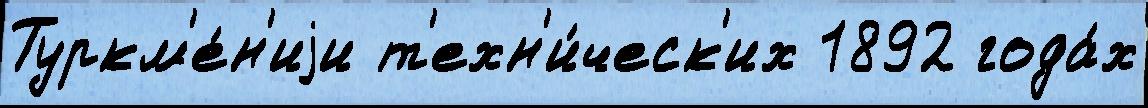
Туркм'е́н'иjи т'ехн'и́ческ'их 1892 года́х